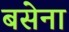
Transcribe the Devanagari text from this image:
बसेना